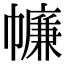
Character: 𢅏